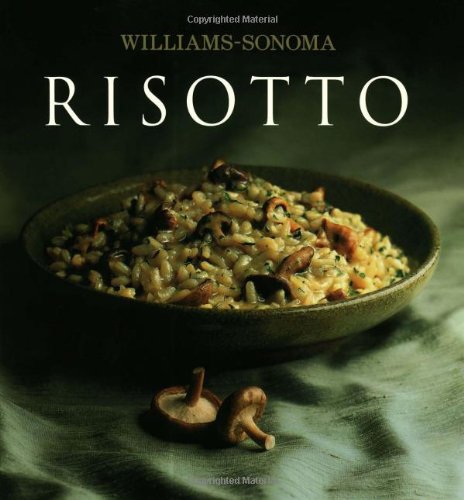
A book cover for Williams-Sonoma Collection: Risotto; Pamela Sheldon Johns; Cookbooks, Food & Wine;